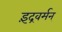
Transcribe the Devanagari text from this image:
इंद्रवर्मन्‌